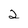
Character: 2